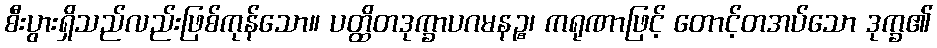
စီးပွားရှိသည်လည်းဖြစ်ကုန်သော။ ပတ္ထိတဒုက္ခာပဂမနဉ္စ၊ ကရုဏာဖြင့် တောင့်တအပ်သော ဒုက္ခ၏